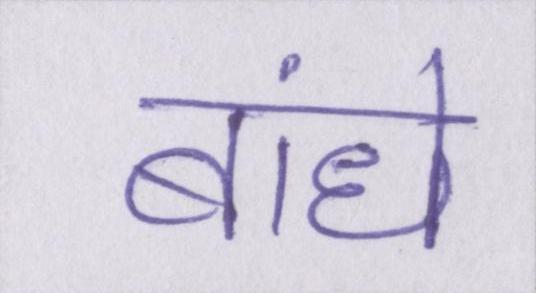
बांधे